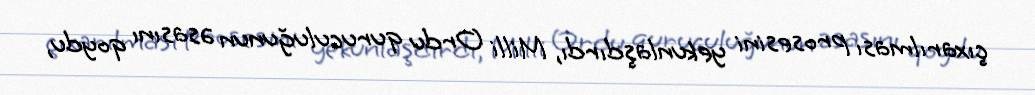
çıxarılması prosesini yekunlaşdırdı, Milli Ordu quruculuğunun əsasını qoydu,